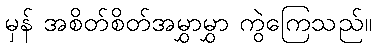
မှန် အစိတ်စိတ်အမွှာမွှာ ကွဲကြေသည်။